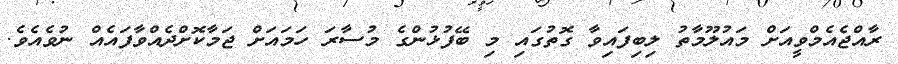
ރާއްޖެއެމްވީއަށް މައުލޫމާތު ލިބިފައިވާ ގޮތުގައި މި ބޭފުޅުންގެ މުސާރަ ހަމައަށް ޖަމާކޮށްދެއްވާފައެއް ނުވެއެވެ.